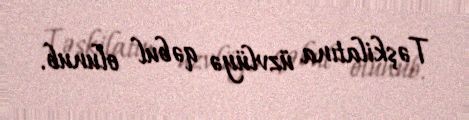
Təşkilatına üzvlüyə qəbul olunub.